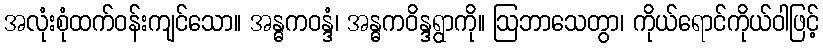
အလုံးစုံထက်ဝန်းကျင်သော။ အန္ဓကဝန္ဒံ၊ အန္ဓကဝိန္ဒရွာကို။ ဩဘာသေတွာ၊ ကိုယ်ရောင်ကိုယ်ဝါဖြင့်